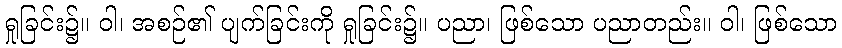
ရှုခြင်း၌။ ဝါ၊ အစဉ်၏ ပျက်ခြင်းကို ရှုခြင်း၌။ ပညာ၊ ဖြစ်သော ပညာတည်း။ ဝါ၊ ဖြစ်သော